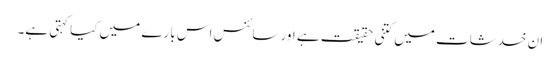
ان خدشات میں کتنی حقیقت ہے اور سائنس اس بارے میں کیا کہتی ہے۔